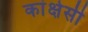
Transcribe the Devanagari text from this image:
कांक्षेसी